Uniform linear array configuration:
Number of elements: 16
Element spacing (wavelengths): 1
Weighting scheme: blackman
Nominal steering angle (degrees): -45
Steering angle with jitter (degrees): -43.815
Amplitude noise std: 0.05
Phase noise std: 0.05

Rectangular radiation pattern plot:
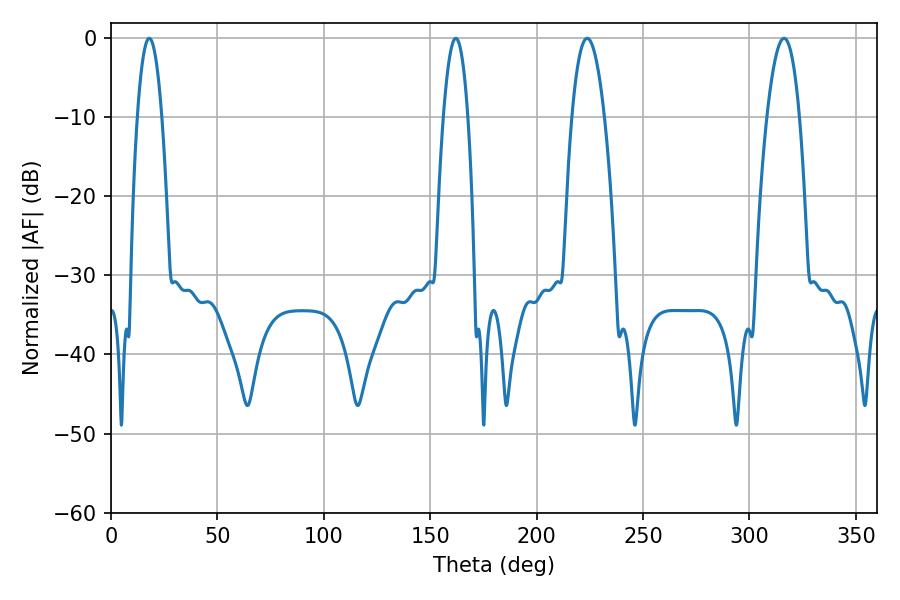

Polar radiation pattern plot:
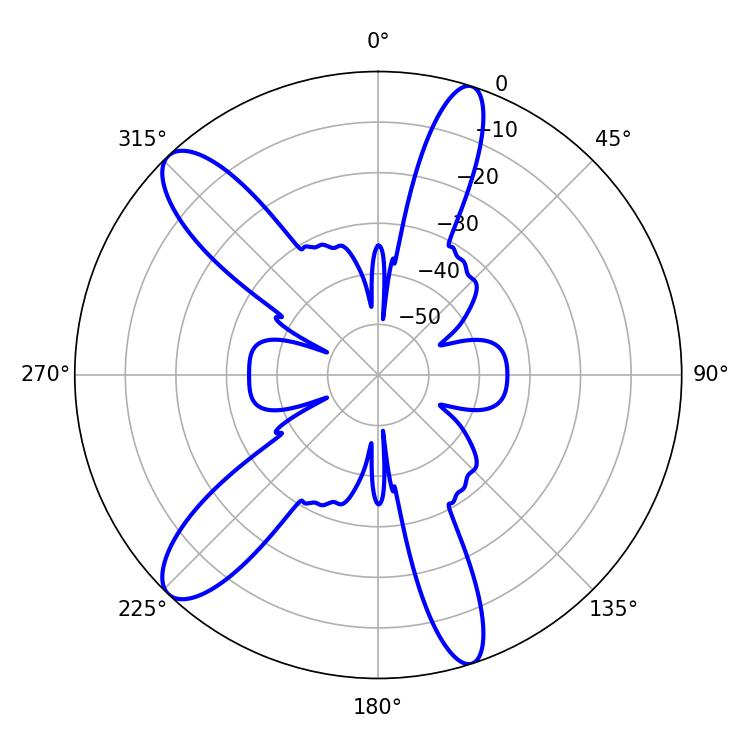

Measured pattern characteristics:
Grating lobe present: TRUE
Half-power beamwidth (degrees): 8.46
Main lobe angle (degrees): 223.74